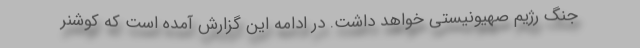
جنگ رژیم صهیونیستی خواهد داشت. در ادامه این گزارش آمده است که کوشنر